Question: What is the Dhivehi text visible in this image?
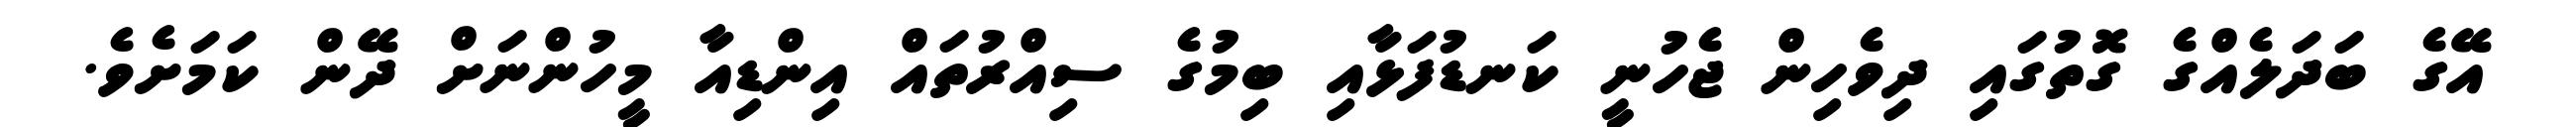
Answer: އޭގެ ބަދަލެއްގެ ގޮތުގައި ދިވެހިން ޖެހުނީ ކަނޑުފަޅާއި ބިމުގެ ސިއްރުތައް އިންޑިއާ މީހުންނަށް ދޭން ކަމަށެވެ.